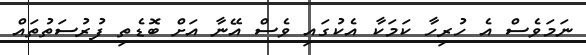
ނަމަވެސް އެ ހުރިހާ ކަމަކާ އެކުގައި ވެސް އޭނާ އަށް ބޮޑެތި ފުރުސަތުތައް